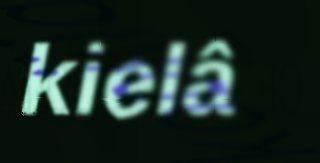
kielâ